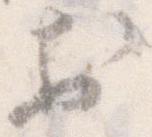
於